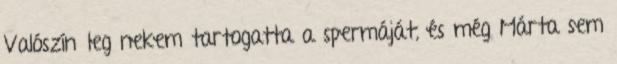
Valószínűleg nekem tartogatta a spermáját, és még Márta sem